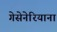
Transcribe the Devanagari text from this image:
गेसेनेरियाना